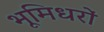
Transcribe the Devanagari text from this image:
भूमिधरों